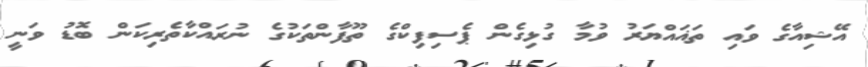
އޭޝިއާގެ ވައި ތަޣައްޔަރު ވުމާ ގުޅިގެން ޕެސިފިކްގެ ތޫފާންތަކުގެ ނުރައްކާތެރިކަން ބޮޑު ވަނީ